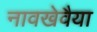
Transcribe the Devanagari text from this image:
नावखेवैया